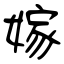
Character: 嫁